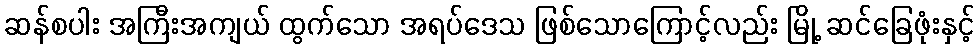
ဆန်စပါး အကြီးအကျယ် ထွက်သော အရပ်ဒေသ ဖြစ်သောကြောင့်လည်း မြို့ ဆင်ခြေဖုံးနှင့်